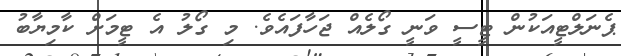
ޕެނަލްޓީއަކުން ޓީސީ ވަނީ ގޯލެއް ޖަހާފައެވެ. މި ގޯލު އެ ޓީމަށް ކާމިޔާބު